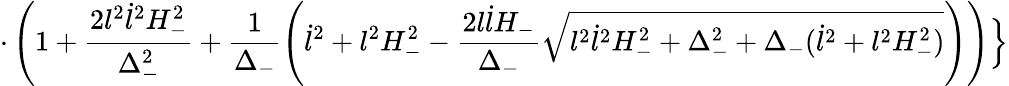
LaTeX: \cdot\left(1+\frac{2l^{2}\dot{l}^{2}H_{-}^{2}}{\Delta_{-}^{2}}+\frac{1}{\Delta_{-}}\left(\dot{l}^{2}+l^{2}H_{-}^{2}-\frac{2l\dot{l}H_{-}}{\Delta_{-}}\sqrt{l^{2}\dot{l}^{2}H_{-}^{2}+\Delta_{-}^{2}+\Delta_{-}(\dot{l}^{2}+l^{2}H_{-}^{2})}\right)\right)\Bigr\}